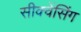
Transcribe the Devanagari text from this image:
सीक्वेंसिंग